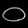
Digit: ၀